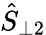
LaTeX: \hat{S}_{\perp 2}